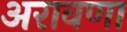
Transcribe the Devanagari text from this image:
अरावणा